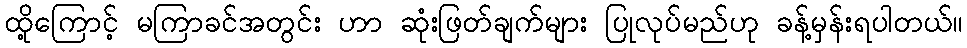
ထို့ကြောင့် မကြာခင်အတွင်း ဟာ ဆုံးဖြတ်ချက်များ ပြုလုပ်မည်ဟု ခန့်မှန်းရပါတယ်။